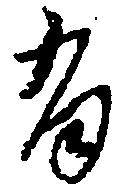
有